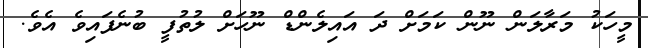
މީހަކު މަރާލަން ނޫން ކަމަށް ދަ އައިލެންޑް ނޫހަށް ލުތުފީ ބުނެފައިވެ އެވެ.